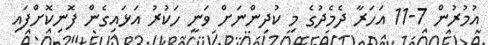
އުމުރުން 7-11 އަހަރާ ދެމެދުގެ މި ކުދިންނަށް ވަނީ ހަކުރު އަޅައިގެން ފޮނިކޮށްފައި